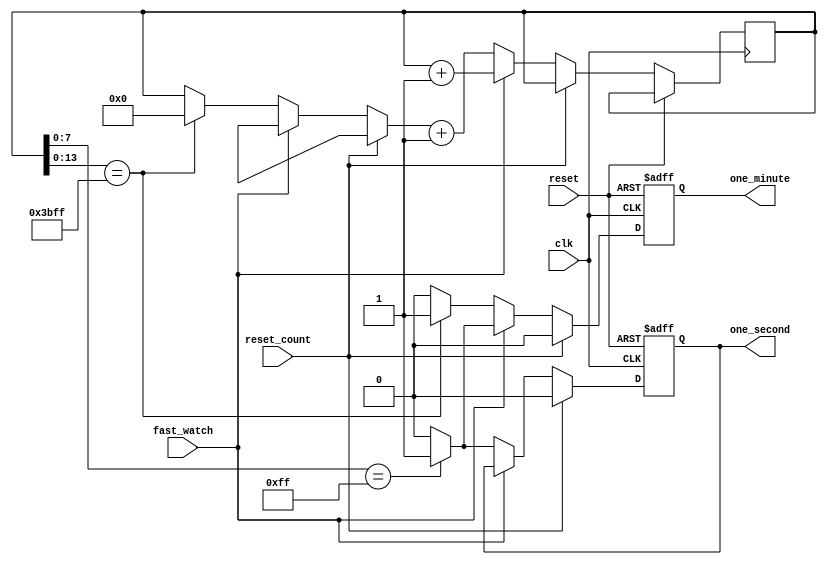
module aclk_timegen(input clk,reset,reset_count,fast_watch, output reg one_minute, one_second);
reg [14:0] i = 15'd0;
always@(posedge clk or posedge reset)begin
    if(reset) begin
        one_minute <= 0;
        one_second <= 0;
    end
    else if(reset_count) begin
        one_minute <= 0;
        one_second <= 0;
    end
    else if(!fast_watch)begin
            if (i[7:0] == 8'd255) one_second <= 1;
            else one_second <= 0;
            if (i[13:0] == 14'd15359) begin
                one_minute <= 1;
                i = 15'd0;
            end
            else one_minute <= 0;
            i = i + 1'b1;
        end
    
    else if(fast_watch)begin
        if (i[7:0] == 8'd255)  one_minute <= 1;
        else one_minute <= 0;
        i = i + 1'b1;
    end
end
endmodule